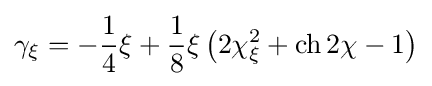
\gamma _{\xi }=-{\frac {1}{4}}\xi +{\frac {1}{8}}\xi \left(2\chi _{\xi }^{2}+\operatorname {ch} 2\chi -1\right)